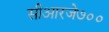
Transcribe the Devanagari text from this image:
सीआरजे७००